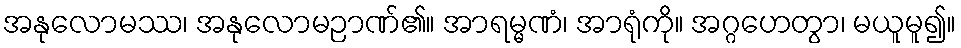
အနုလောမဿ၊ အနုလောမဉာဏ်၏။ အာရမ္မဏံ၊ အာရုံကို။ အဂ္ဂဟေတွာ၊ မယူမူ၍။